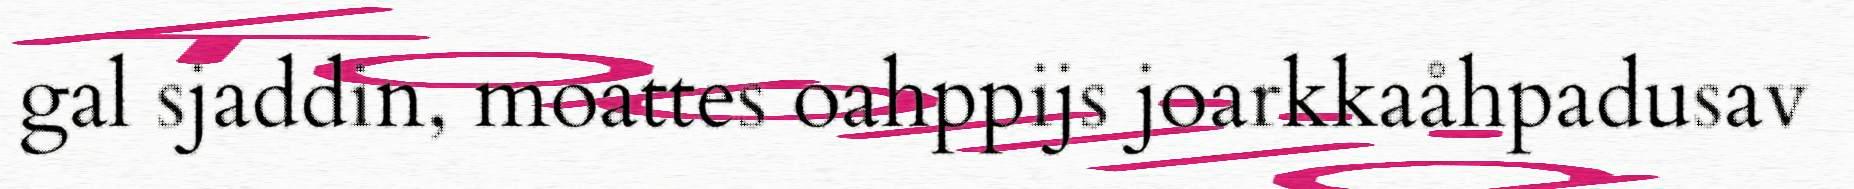
gal sjaddin, moattes oahppijs joarkkaåhpadusav